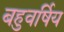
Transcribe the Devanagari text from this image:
बहुवर्षिय